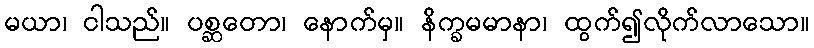
မယာ၊ ငါသည်။ ပစ္ဆတော၊ နောက်မှ။ နိက္ခမမာနာ၊ ထွက်၍လိုက်လာသော။